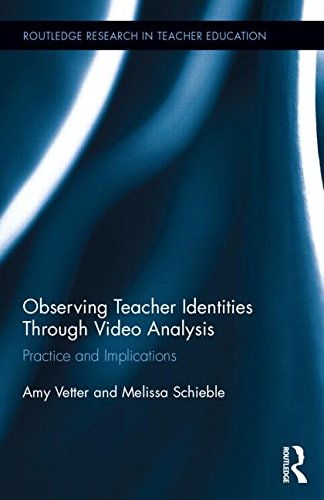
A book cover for Observing Teacher Identities through Video Analysis: Practice and Implications (Routledge Research in Teacher Education); Amy Vetter; Reference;